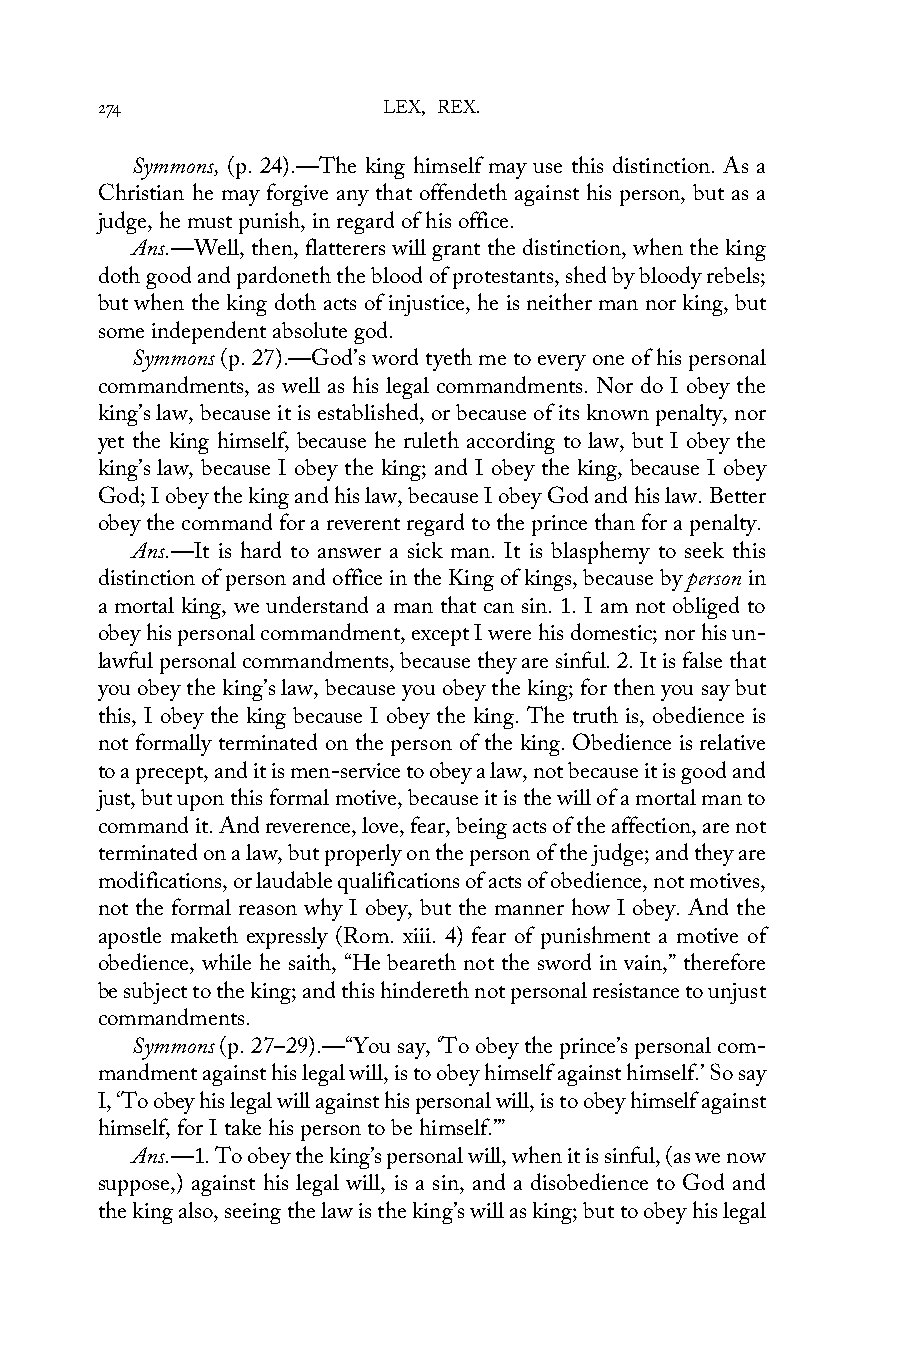
274                LEX, REX.
 Symmons, (p. 24).—The king himself may use this distinction. As a
 Christian he may forgive any that offendeth against his person, but as a
 judge, he must punish, in regard of his office.
 Ans.—Well, then, flatterers will grant the distinction, when the king
 doth good and pardoneth the blood of protestants, shed by bloody rebels;
 but when the king doth acts of injustice, he is neither man nor king, but
 some independent absolute god.
 Symmons (p. 27).—God’s word tyeth me to every one of his personal
 commandments, as well as his legal commandments. Nor do I obey the
 king’s law, because it is established, or because of its known penalty, nor
 yet the king himself, because he ruleth according to law, but I obey the
 king’s law, because I obey the king; and I obey the king, because I obey
 God; I obey the king and his law, because I obey God and his law. Better
 obey the command for a reverent regard to the prince than for a penalty.
 Ans.—It is hard to answer a sick man. It is blasphemy to seek this
 distinction of person and office in the King of kings, because by person in
 a mortal king, we understand a man that can sin. 1. I am not obliged to
 obey his personal commandment, except I were his domestic; nor his un-
 lawful personal commandments, because they are sinful. 2. It is false that
 you obey the king’s law, because you obey the king; for then you say but
 this, I obey the king because I obey the king. The truth is, obedience is
 not formally terminated on the person of the king. Obedience is relative
 to a precept, and it is men-service to obey a law, not because it is good and
 just, but upon this formal motive, because it is the will of a mortal man to
 command it. And reverence, love, fear, being acts of the affection, are not
 terminated on a law, but properly on the person of the judge; and they are
 modifications, or laudable qualifications of acts of obedience, not motives,
 not the formal reason why I obey, but the manner how I obey. And the
 apostle maketh expressly (Rom. xiii. 4) fear of punishment a motive of
 obedience, while he saith, “He beareth not the sword in vain,” therefore
 be subject to the king; and this hindereth not personal resistance to unjust
 commandments.
 Symmons (p. 27–29).—“You say, ‘To obey the prince’s personal com-
 mandment against his legal will, is to obey himself against himself.’ So say
 I, ‘To obey his legal will against his personal will, is to obey himself against
 himself, for I take his person to be himself.’”
 Ans.—1. To obey the king’s personal will, when it is sinful, (as we now
 suppose,) against his legal will, is a sin, and a disobedience to God and
 the king also, seeing the law is the king’s will as king; but to obey his legal